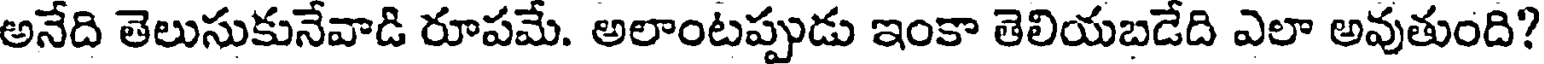
అనేది తెలుసుకునేవాడి రూపమే. అలాంటప్పుడు ఇంకా తెలియబడేది ఎలా అవుతుంది?